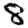
Digit: 8